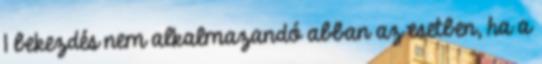
1 bekezdés nem alkalmazandó abban az esetben, ha a